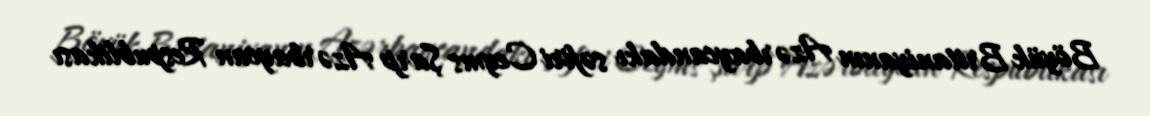
Böyük Britaniyanın Azərbaycandakı səfiri Ceyms Şarp Azərbaycan Respublikası